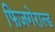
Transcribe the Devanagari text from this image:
फिजगेराल्ड